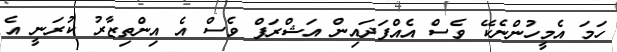
ހަމަ އެމީހުންނެކޭ ވެސް އެއްފަދައިން އަޝްރަފް ވެސް އެ އިންތިޒާރު ކުރަނީ އެ